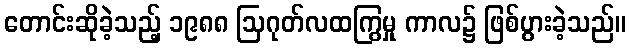
တောင်းဆိုခဲ့သည့် ၁၉၈၈ ဩဂုတ်လထကြွမှု ကာလ၌ ဖြစ်ပွားခဲ့သည်။